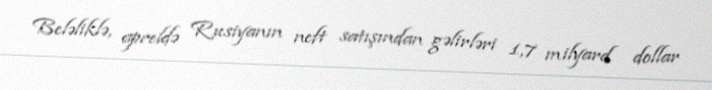
Beləliklə, apreldə Rusiyanın neft satışından gəlirləri 1,7 milyard dollar